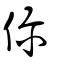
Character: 伱